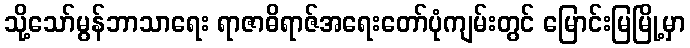
သို့သော်မွန်ဘာသာရေး ရာဇာဓိရာဇ်အရေးတော်ပုံကျမ်းတွင် မြောင်းမြမြို့မှာ